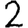
Digit: 2